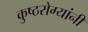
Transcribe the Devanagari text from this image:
कुष्ठरोग्यांनी